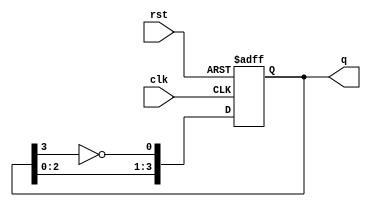
module johnson_counter #(
    parameter N = 4  // Number of flip-flops
) (
    input wire clk,     // Clock input
    input wire rst,     // Asynchronous reset
    output reg [N-1:0] q // Output state of the counter
);

// Internal signal for feedback
wire feedback;

assign feedback = ~q[N-1]; // Invert the last flip-flop output

// Sequential logic for the Johnson counter
always @(posedge clk or posedge rst) begin
    if (rst) begin
        q <= 0; // Reset all flip-flops to 0
    end else begin
        // Shift the current state and feedback into the first flip-flop
        q <= {q[N-2:0], feedback};
    end
end

endmodule